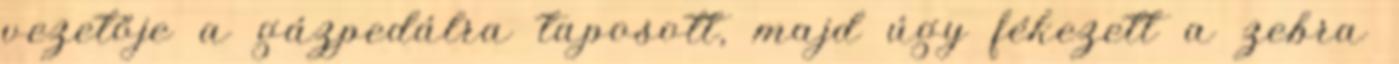
vezetője a gázpedálra taposott, majd úgy fékezett a zebra